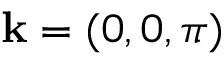
\mathbf { k } = ( 0 , 0 , \pi )